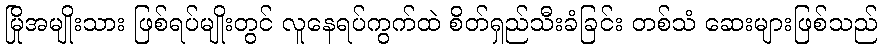
မြိုအမျိုးသား ဖြစ်ရပ်မျိုးတွင် လူနေရပ်ကွက်ထဲ စိတ်ရှည်သီးခံခြင်း တစ်သံ ဆေးများဖြစ်သည်